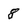
Character: 8